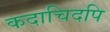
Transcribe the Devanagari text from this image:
कदाचिदपि